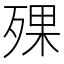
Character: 𣨪